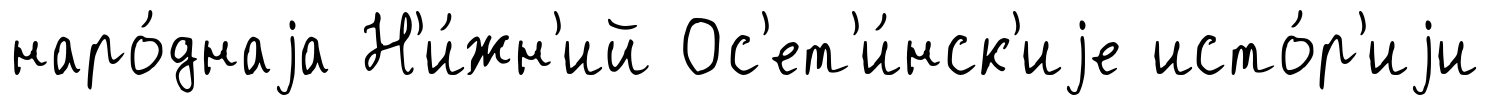
наро́днаjа Н'и́жн'ий Ос'ет'и́нск'иjе исто́р'иjи